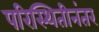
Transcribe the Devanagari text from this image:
परिस्थितीनंतर